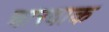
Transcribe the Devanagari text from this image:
चारवाक